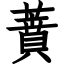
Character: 蕡